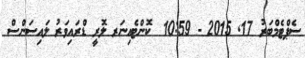
ސެޕްޓެމްބަރު 17